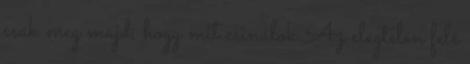
csak meg majd, hogy mit csinálok Az elégtelen felé